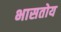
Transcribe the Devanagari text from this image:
भासतोय